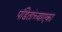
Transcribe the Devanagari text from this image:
पंडितांच्याएका